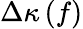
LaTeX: \Delta\kappa\left(f\right)